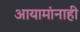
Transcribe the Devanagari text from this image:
आयामांनाही